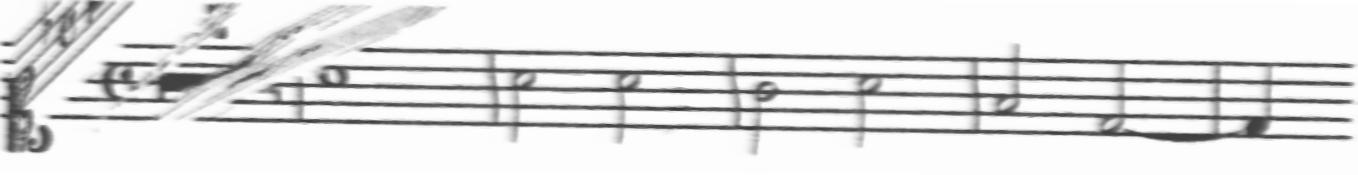
Transcription: clef-C1 keySignature-FM timeSignature-C multirest-7 barline note-A4_whole barline note-A4_half note-A4_half barline note-G4_half note-A4_half barline note-F4_half note-D4_half barline note-D4_quarter